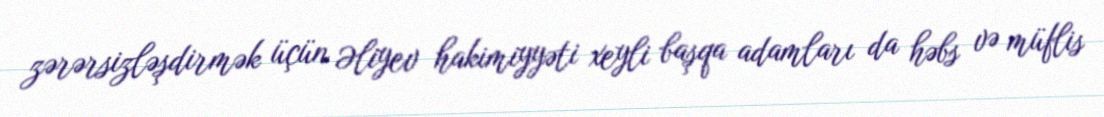
zərərsizləşdirmək üçün Əliyev hakimiyyəti xeyli başqa adamları da həbs və müflis